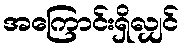
အကြောင်းရှိလျှင်